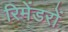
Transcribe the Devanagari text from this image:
रिमेंडरों